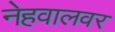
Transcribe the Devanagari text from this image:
नेहवालवर